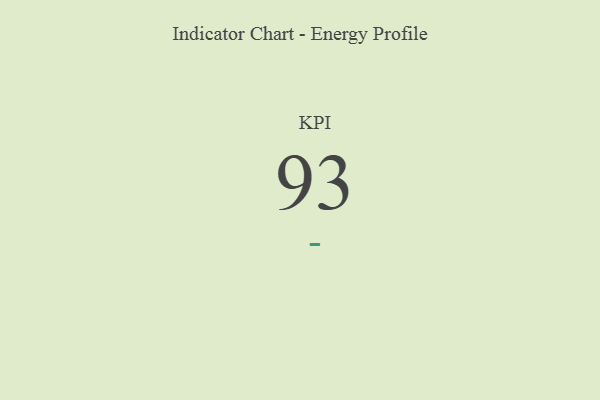
{"axis": {"x": "KPI", "y": "Value"}, "legend": [""], "data": [{"x": "KPI", "y": 93, "type": ""}]}